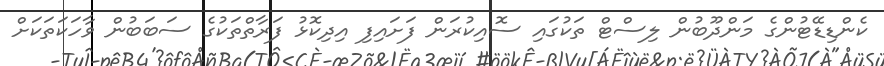
ކެންޑިޑޭޓުންގެ މަންދޫބުން ލިސްޓް ތަކުގައި ސޮއިކުރަން ފަށައިފި އިދިކޮޅު ފަރާތްތަކުގެ ސަބަބުން ވާހަކަތަކަށް